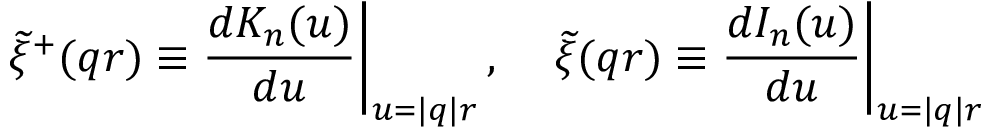
\left. \widetilde { \xi } ^ { + } ( q r ) \equiv \frac { d K _ { n } ( u ) } { d u } \right| _ { u = | q | r } , \left. \quad \widetilde { \xi } ( q r ) \equiv \frac { d I _ { n } ( u ) } { d u } \right| _ { u = | q | r }